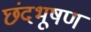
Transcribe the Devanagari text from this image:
छंदभूषण